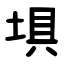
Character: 埧